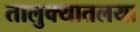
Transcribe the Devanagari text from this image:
तालुक्यातलया